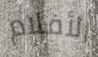
الأفلام